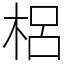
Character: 梠